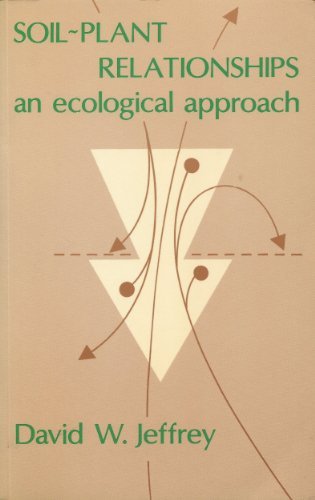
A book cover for Soil-Plant Relationships: An Ecological Approach; David W. Jeffrey; Crafts, Hobbies & Home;